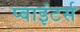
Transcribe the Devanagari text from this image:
प्वाइंटर्स